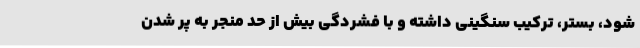
شود، بستر، ترکیب سنگینی داشته و با فشردگی بیش از حد منجر به پر شدن